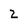
Character: Z